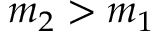
m _ { 2 } > m _ { 1 }